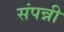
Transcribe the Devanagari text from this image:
संपन्नी